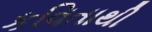
કવિતાથી